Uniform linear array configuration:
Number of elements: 64
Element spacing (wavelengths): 0.5
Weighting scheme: hamming
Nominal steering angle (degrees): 45
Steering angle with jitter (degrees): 45.639
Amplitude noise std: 0.05
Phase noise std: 0.05

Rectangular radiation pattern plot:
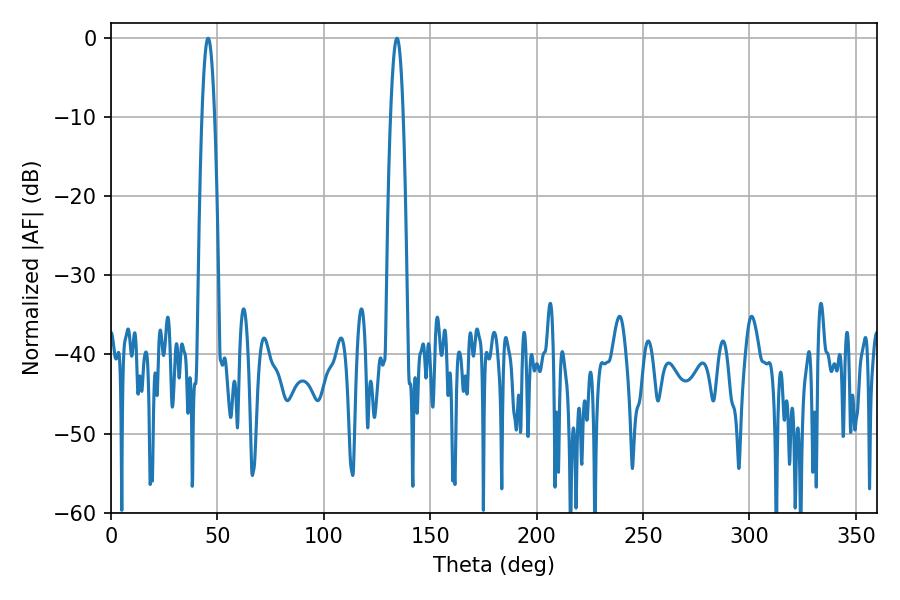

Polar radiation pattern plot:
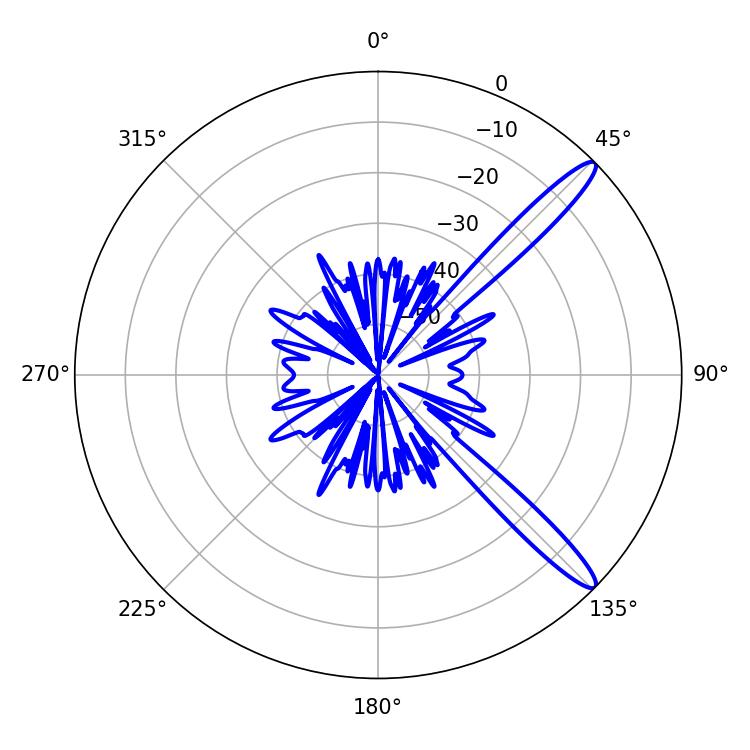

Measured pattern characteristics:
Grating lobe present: FALSE
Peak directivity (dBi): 13.509
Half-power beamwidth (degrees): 3.24
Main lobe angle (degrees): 45.54